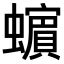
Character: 𧓍